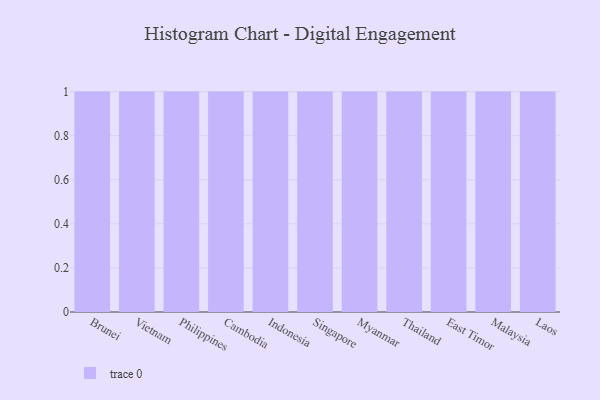
{"axis": {"x": "Country", "y": "Backlog"}, "legend": [""], "data": [{"x": "Brunei", "y": 24, "type": ""}, {"x": "Vietnam", "y": 41, "type": ""}, {"x": "Philippines", "y": 81, "type": ""}, {"x": "Cambodia", "y": 46, "type": ""}, {"x": "Indonesia", "y": 44, "type": ""}, {"x": "Singapore", "y": 8, "type": ""}, {"x": "Myanmar", "y": 66, "type": ""}, {"x": "Thailand", "y": 11, "type": ""}, {"x": "East Timor", "y": 21, "type": ""}, {"x": "Malaysia", "y": 31, "type": ""}, {"x": "Laos", "y": 89, "type": ""}]}